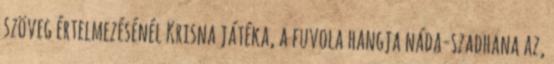
szöveg értelmezésénél Krisna játéka, a fuvola hangja náda-szadhana az,